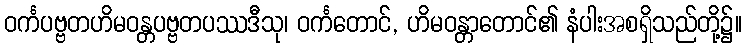
ဝင်္ကပဗ္ဗတဟိမဝန္တပဗ္ဗတပဿဒီသု၊ ဝင်္ကတောင်, ဟိမဝန္တာတောင်၏ နံပါးအစရှိသည်တို့၌။